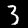
Label: 3